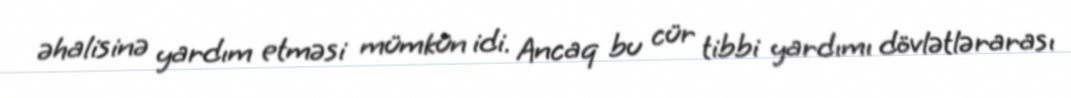
əhalisinə yardım etməsi mümkün idi. Ancaq bu cür tibbi yardımı dövlətlərarası